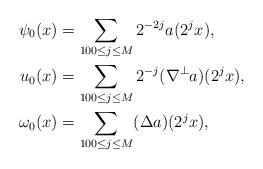
LaTeX: \begin{align*} \psi_0(x) & = \sum_{ 100 \le j\le M} 2^{-2j} a(2^j x), \\ u_0(x) & = \sum_{100 \le j \le M} 2^{-j} (\nabla^{\perp} a)(2^j x), \\ \omega_0(x) & = \sum_{100 \le j \le M} ({\Delta a})(2^j x), \end{align*}